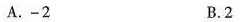
A.-2 B.2